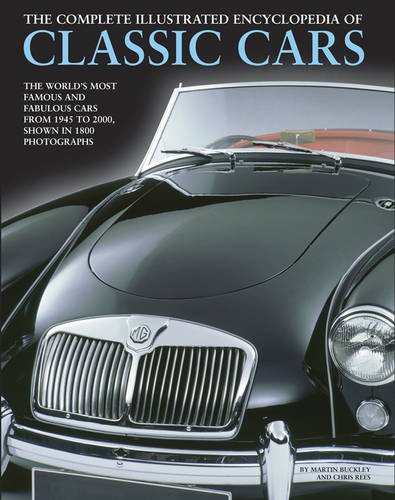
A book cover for The Complete Illustrated Encyclopedia of Classic Cars: The World'S Most Famous And Fabulous Cars, From 1945 To 2000, Shown In 1800 Photographs; Martin Buckley; Engineering & Transportation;